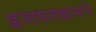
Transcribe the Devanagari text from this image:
इनायतखानाने